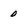
Character: 0